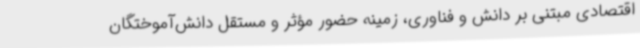
اقتصادی مبتنی بر دانش و فناوری، زمینه حضور مؤثر و مستقل دانش‌آموختگان